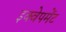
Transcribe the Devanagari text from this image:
इक्वेपमेंट